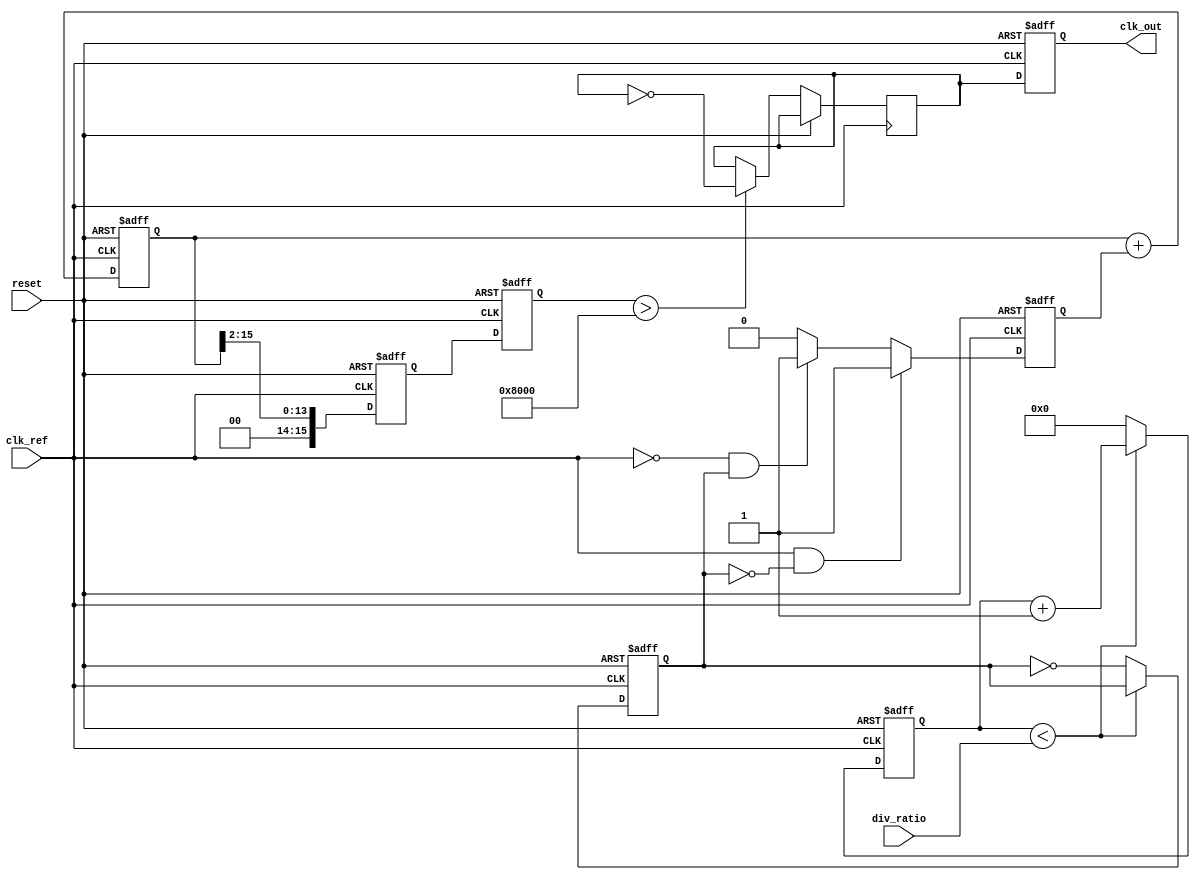
module fractional_pll (
    input wire clk_ref,           // Reference clock input
    input wire reset,             // Asynchronous reset
    input wire [7:0] div_ratio,   // Division ratio from memory block
    output reg clk_out            // Output clock
);

    // Phase Detector (PD)
    reg pd_error;                 // Error signal from phase detector
    reg clk_div;                  // Divided clock signal for feedback

    // Loop Filter (LF)
    reg [15:0] loop_filter_out;   // Output of the loop filter
    reg [15:0] loop_filter_int;   // Internal loop filter signal

    // Voltage-Controlled Oscillator (VCO)
    reg [15:0] vco_freq;          // VCO frequency control signal
    reg vco_clk;                  // VCO output clock

    // Frequency Divider
    reg [7:0] counter;            // Counter for frequency division

    // Control Logic
    always @(posedge clk_ref or posedge reset) begin
        if (reset) begin
            clk_out <= 0;
            pd_error <= 0;
            loop_filter_out <= 0;
            loop_filter_int <= 0;
            vco_freq <= 0;
            counter <= 0;
            clk_div <= 0;
        end else begin
            // Phase Detector Logic
            // Compare reference clock with divided clock
            if (clk_ref && !clk_div) begin
                pd_error <= 1; // Output high if reference clock leads
            end else if (!clk_ref && clk_div) begin
                pd_error <= -1; // Output low if reference clock lags
            end else begin
                pd_error <= 0; // No error
            end

            // Loop Filter Logic (Simple Integrator)
            loop_filter_int <= loop_filter_int + pd_error;
            loop_filter_out <= loop_filter_int >> 2; // Simple low-pass filter

            // VCO Logic
            vco_freq <= loop_filter_out; // Control VCO frequency
            vco_clk <= (vco_freq > 16'h8000) ? ~vco_clk : vco_clk; // Toggle based on frequency

            // Frequency Divider Logic
            if (counter < div_ratio) begin
                counter <= counter + 1;
            end else begin
                counter <= 0;
                clk_div <= ~clk_div; // Toggle divided clock
            end

            // Output Clock Generation
            clk_out <= vco_clk; // Output the VCO clock
        end
    end

endmodule